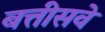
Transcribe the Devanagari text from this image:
बत्तीसवे